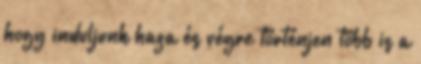
hogy induljunk haza és végre történjen több is a